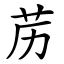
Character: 苈